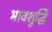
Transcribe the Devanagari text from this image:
भावशुद्धि